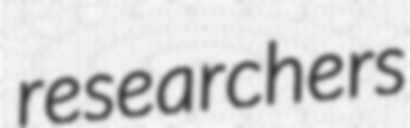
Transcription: researchers